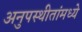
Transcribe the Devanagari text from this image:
अनुपस्थीतांमध्ये